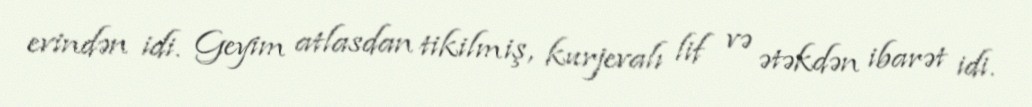
evindən idi. Geyim atlasdan tikilmiş, kurjevalı lif və ətəkdən ibarət idi.